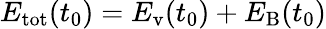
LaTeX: E_{\mathrm{tot}}(t_{0})=E_{\mathrm{v}}(t_{0})+E_{\mathrm{B}}(t_{0})